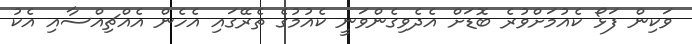
ވަކިން ފަޅޯ ކެއުމަށްވުރެ ބޮޑަށް އެދެވިގެންވަނީ ކެއުމުގެ ތެރޭގައި އެހެން އެއްޗިއްސާއި އެކު